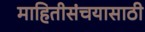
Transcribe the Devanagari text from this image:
माहितीसंचयासाठी